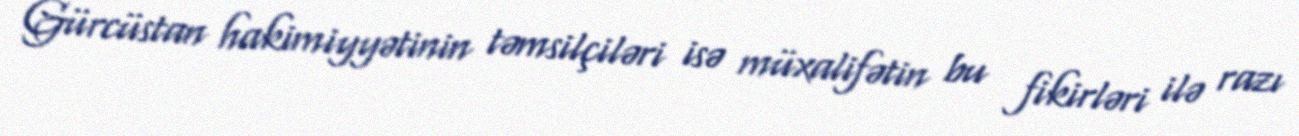
Gürcüstan hakimiyyətinin təmsilçiləri isə müxalifətin bu fikirləri ilə razı